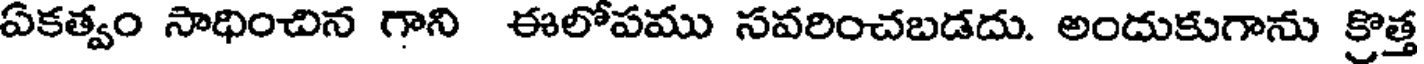
ఏకత్వం సాధించిన గాని ఈలోపము సవరించబడదు. అందుకుగాను క్రొత్త